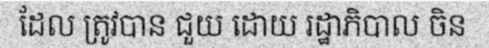
ដែល ត្រូវបាន ជួយ ដោយ រដ្ឋាភិបាល ចិន